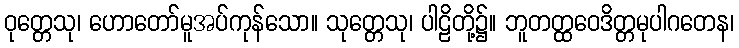
ဝုတ္တေသု၊ ဟောတော်မူအပ်ကုန်သော။ သုတ္တေသု၊ ပါဠိတို့၌။ ဘူတတ္ထဝေဒိတ္တမုပါဂတေန၊